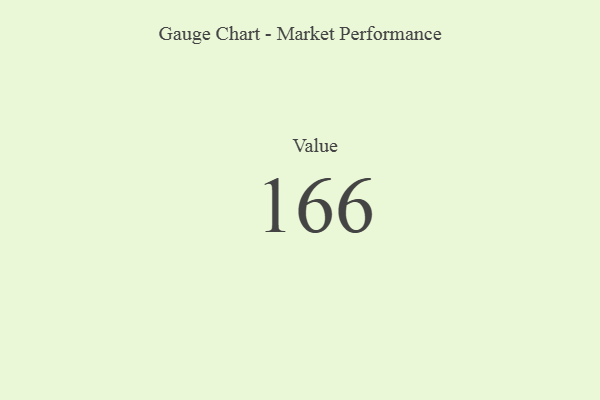
{"axis": {"x": "Metric", "y": "Value"}, "legend": [""], "data": [{"x": "Value", "y": 166, "type": ""}]}